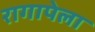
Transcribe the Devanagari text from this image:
रागापेला